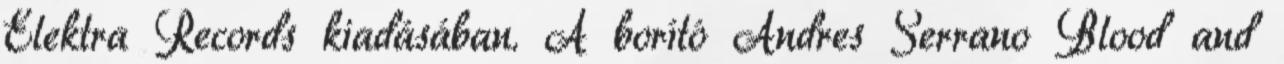
Elektra Records kiadásában. A borító Andres Serrano Blood and